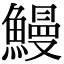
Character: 鰻